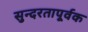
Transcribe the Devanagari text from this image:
सुन्दरतापूर्वक